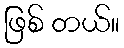
ဖြစ် တယ်။